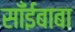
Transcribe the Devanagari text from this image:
साँईबाबा